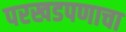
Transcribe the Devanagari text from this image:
परखडपणाचा